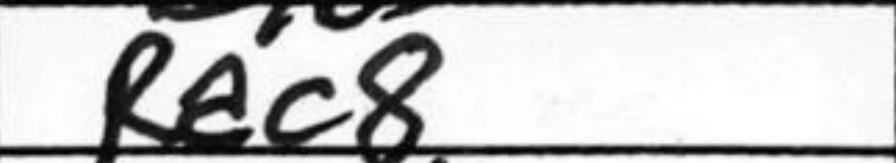
Transcription: Rac8